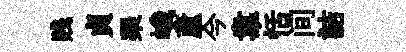
贱貞琹峨蘆今韋恬间詰